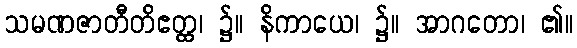
သမဏဇာတီတိဧတ္ထ၊ ၌။ နိကာယေ၊ ၌။ အာဂတော၊ ၏။